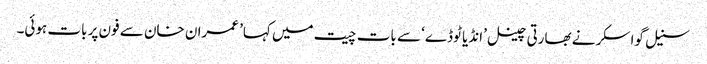
سنیل گواسکر نے بھارتی چینل ’انڈیا ٹوڈے‘ سے بات چیت میں کہا’ عمران خان سے فون پر بات ہوئی۔